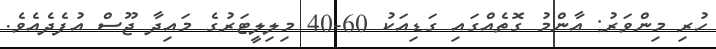
ހުރި މިންވަރު: އާންމު ގޮތެއްގައި ގަޑިއަކު 60-40 މިލިލީޓަރުގެ މައިދާ ޖޫސް އުފެދެއެވެ.